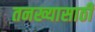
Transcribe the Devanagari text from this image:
तनख्यासाठी